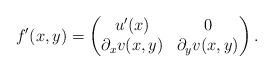
LaTeX: \begin{align*}f'(x,y)=\begin{pmatrix} u'(x) & 0\\\partial_x v(x,y) & \partial_y v(x,y)\\\end{pmatrix}.\end{align*}